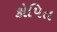
કોપિત